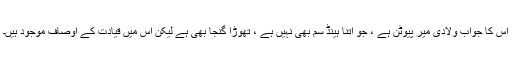
اس کا جواب ولادی میر پیوٹن ہے ، جو اتنا ہینڈ سم بھی نہیں ہے ، تھوڑا گنجا بھی ہے لیکن اس میں قیادت کے اوصاف موجود ہیں۔